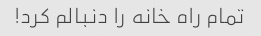
تمام راه خانه را دنبالم کرد!